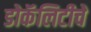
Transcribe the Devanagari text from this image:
डोकॅलिटीचे